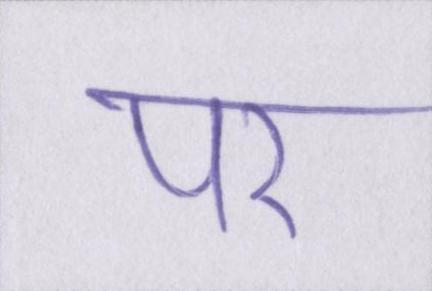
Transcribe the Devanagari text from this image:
पर